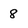
Character: 8